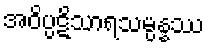
အဝိပ္ပဋိသာရသမ္ပန္နဿ